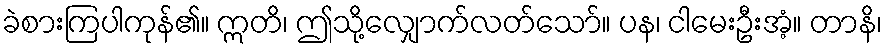
ခဲစားကြပါကုန်၏။ ဣတိ၊ ဤသို့လျှောက်လတ်သော်။ ပန၊ ငါမေးဦးအံ့။ တာနိ၊